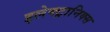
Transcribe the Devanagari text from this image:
इलेक्ट्रानिक्‍स